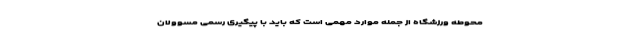
محوطه ورزشگاه از جمله موارد مهمی است که باید با پیگیری رسمی مسوولان